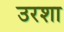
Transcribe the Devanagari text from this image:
उरशा